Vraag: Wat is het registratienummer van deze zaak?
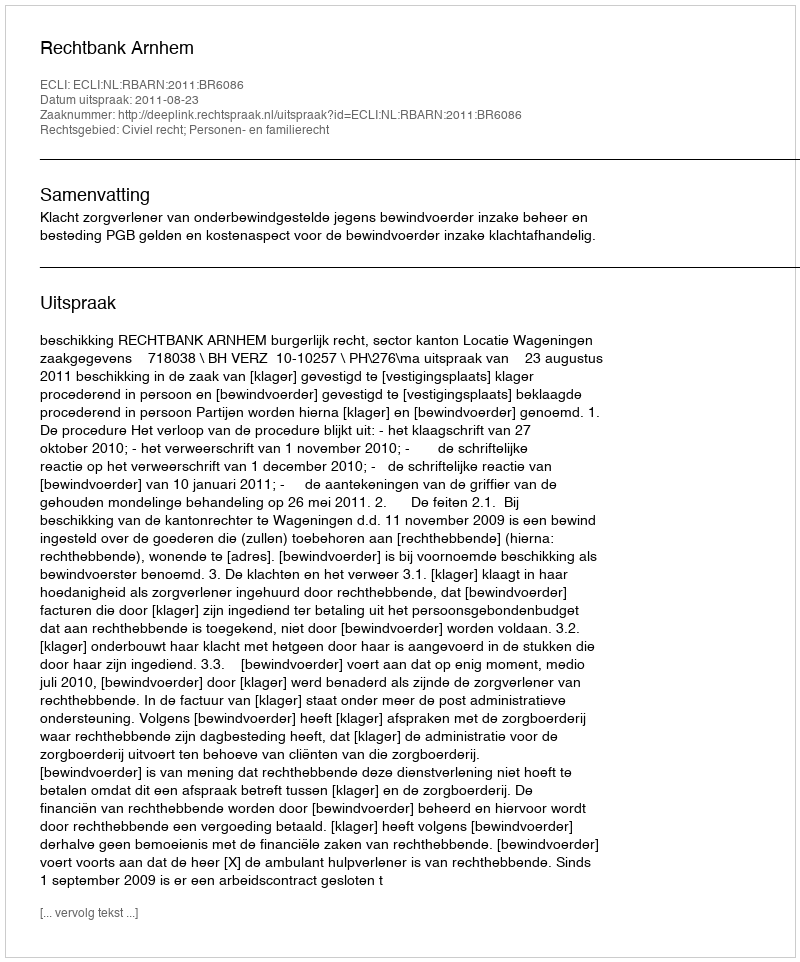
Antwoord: http://deeplink.rechtspraak.nl/uitspraak?id=ECLI:NL:RBARN:2011:BR6086